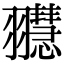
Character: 䎚